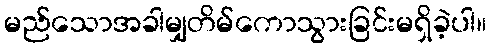
မည်သောအခါမျှတိမ်ကောသွားခြင်းမရှိခဲ့ပါ။